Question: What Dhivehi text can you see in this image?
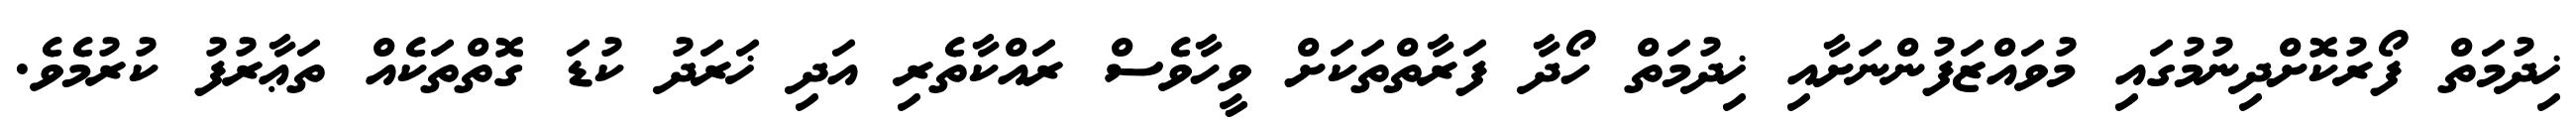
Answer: ޚިދުމަތް ފޯރުކޮށްދިނުމުގައި މުވައްޒަފުންނަށާއި ޚިދުމަތް ހޯދާ ފަރާތްތަކަށް ވީހާވެސް ރައްކާތެރި އަދި ޚަރަދު ކުޑަ ގޮތްތަކެއް ތަޢާރުފު ކުރުމެވެ.